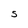
Character: 5